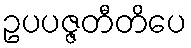
ဥပပဇ္ဇတီတိပေ